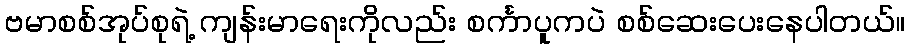
ဗမာစစ်အုပ်စုရဲ့ ကျန်းမာရေးကိုလည်း စင်္ကာပူကပဲ စစ်ဆေးပေးနေပါတယ်။